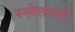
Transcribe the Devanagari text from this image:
पनवेललाही